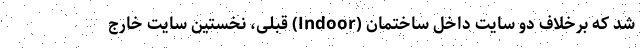
شد که برخلاف دو سایت داخل ساختمانِ (Indoor) قبلی، نخستین سایت خارج